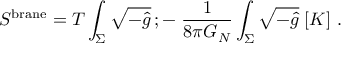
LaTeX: S ^ { \mathrm { b r a n e } } = T \int _ { \Sigma } \sqrt { - \hat { g } } \, ; - \; { \frac { 1 } { 8 \pi G _ { N } } } \int _ { \Sigma } \sqrt { - \hat { g } } \; [ K ] \ .